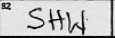
Transcription: SHW